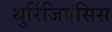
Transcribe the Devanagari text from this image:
थुरिंजिएंसिस